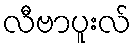
လီဗာပူးလ်